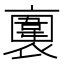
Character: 𧝕